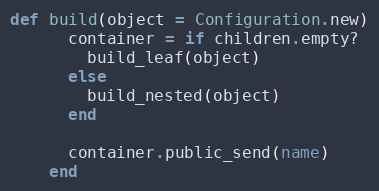
Language: Ruby
def build(object = Configuration.new)
      container = if children.empty?
        build_leaf(object)
      else
        build_nested(object)
      end

      container.public_send(name)
    end